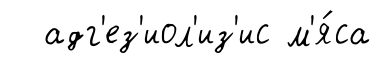
адг'ез'иол'из'ис м'я́са